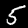
Digit: 5